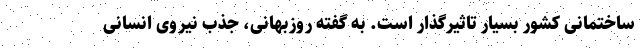
ساختمانی کشور بسیار تاثیرگذار است. به گفته روزبهانی، جذب نیروی انسانی